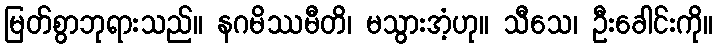
မြတ်စွာဘုရားသည်။ နဂမိဿမီတိ၊ မသွားအံ့ဟု။ သီသေ၊ ဦးခေါင်းကို။